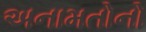
અનામતોનો